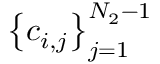
\left\{ c _ { i , j } \right\} _ { j = 1 } ^ { N _ { 2 } - 1 }